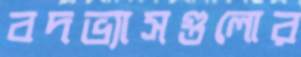
বদভ্যাসগুলোর